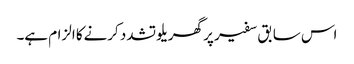
اس سابق سفیر پر گھریلو تشدد کرنےکا الزام ہے۔